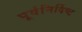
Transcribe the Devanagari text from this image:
पूर्वनिर्दिष्ट